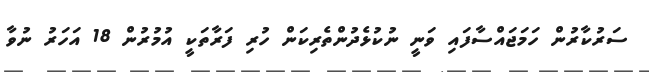
ސަރުކާރުން ހަމަޖައްސާފައި ވަނީ ނުކުޅެދުންތެރިކަން ހުރި ފަރާތަކީ އުމުރުން 18 އަހަރު ނުވާ